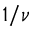
1 / \nu